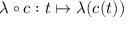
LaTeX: \lambda \circ c : t \mapsto \lambda ( c ( t ) )